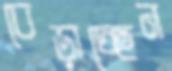
বেড়াচ্ছেন